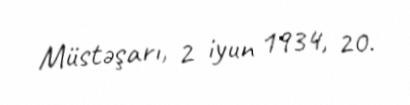
Müstəşarı, 2 iyun 1934, 20.